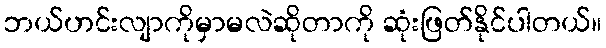
ဘယ်ဟင်းလျာကိုမှာမလဲဆိုတာကို ဆုံးဖြတ်နိုင်ပါတယ်။